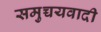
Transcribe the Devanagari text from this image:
समुच्चयवादी